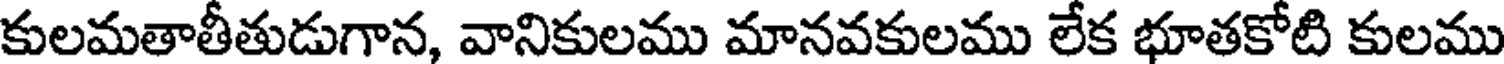
కులమతాతీతుడుగాన, వానికులము మానవకులము లేక భూతకోటి కులము